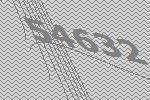
54632